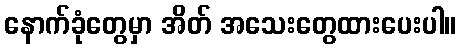
နောက်ခုံတွေမှာ အိတ် အသေးတွေထားပေးပါ။